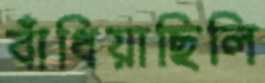
বাঁধিয়াছিলি